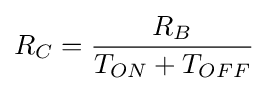
R_{C}={\frac {R_{B}}{T_{ON}+T_{OFF}}}